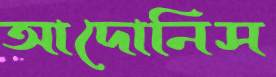
আদোনিস